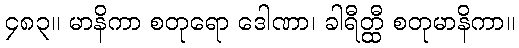
၄၈၃။ မာနိကာ စတုရော ဒေါဏာ၊ ခါရီတ္ထီ စတုမာနိကာ။